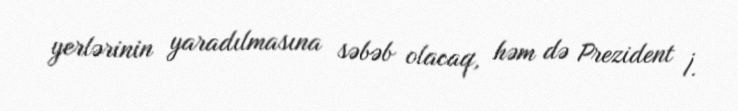
yerlərinin yaradılmasına səbəb olacaq, həm də Prezident İ.